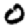
Digit: 0